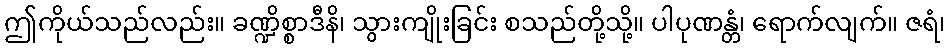
ဤကိုယ်သည်လည်း။ ခဏ္ဍိစ္စာဒီနိ၊ သွားကျိုးခြင်း စသည်တို့သို့။ ပါပုဏန္တံ၊ ရောက်လျက်။ ဇရံ၊